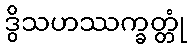
ဒွိသဟဿက္ခတ္တုံ